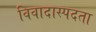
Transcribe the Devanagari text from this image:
विवादास्पदता